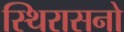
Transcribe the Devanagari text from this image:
स्थिरासनो